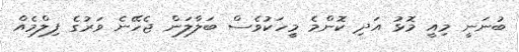
ބުނަނީ މިއީ މޮޅުު އަދި ކޮންމެ މީހަކުވެސް ބަލާލަން ޖެހޭނެ ވަރުގެ ފިލްމެއް